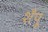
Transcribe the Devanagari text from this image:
शँपू